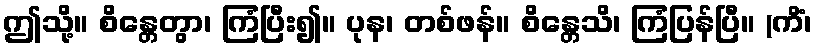
ဤသို့။ စိန္တေတွာ၊ ကြံပြီး၍။ ပုန၊ တစ်ဖန်။ စိန္တေသိ၊ ကြံပြန်ပြီ။ (ကိံ၊